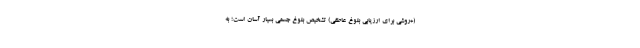
(+روشی برای ارزیابی بلوغ عاطفی) تشخیص بلوغ جسمی بسیار آسان است؛ به